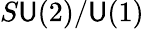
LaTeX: S\mathsf{U}(2)/\mathsf{U}(1)